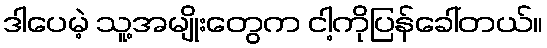
ဒါပေမဲ့ သူ့အမျိုးတွေက ငါ့ကိုပြန်ခေါ်တယ်။